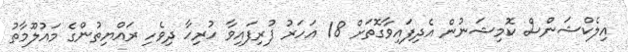
އިލެކްޝަންސް ކޮމިޝަނުން އެދިފައިވާގޮތަށް 18 އަހަރު ފުރިފައިވާ ހުރިހާ ދިވެހި ރައްޔިތުންގެ މައުލޫމާތު